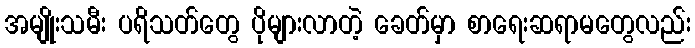
အမျိုးသမီး ပရိသတ်တွေ ပိုများလာတဲ့ ခေတ်မှာ စာရေးဆရာမတွေလည်း